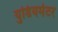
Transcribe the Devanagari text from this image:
युडियमेटर